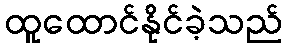
ထူထောင်နိုင်ခဲ့သည်